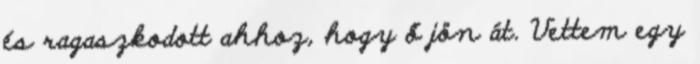
és ragaszkodott ahhoz, hogy ő jön át. Vettem egy